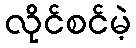
လိုင်စင်မဲ့